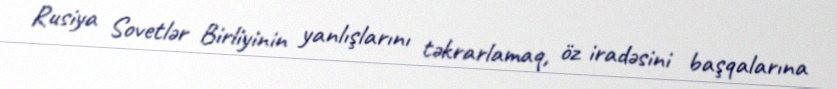
Rusiya Sovetlər Birliyinin yanlışlarını təkrarlamaq, öz iradəsini başqalarına